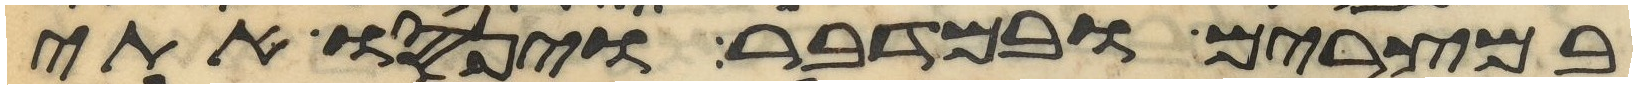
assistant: במצרים ובמדבר וינסו אתי